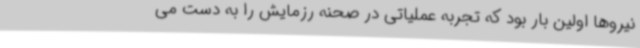
نیروها اولین بار بود که تجربه عملیاتی در صحنه رزمایش را به دست می